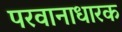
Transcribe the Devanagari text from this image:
परवानाधारक